Medical and sanitary report of the native army of Madras for the year
Year: 1877
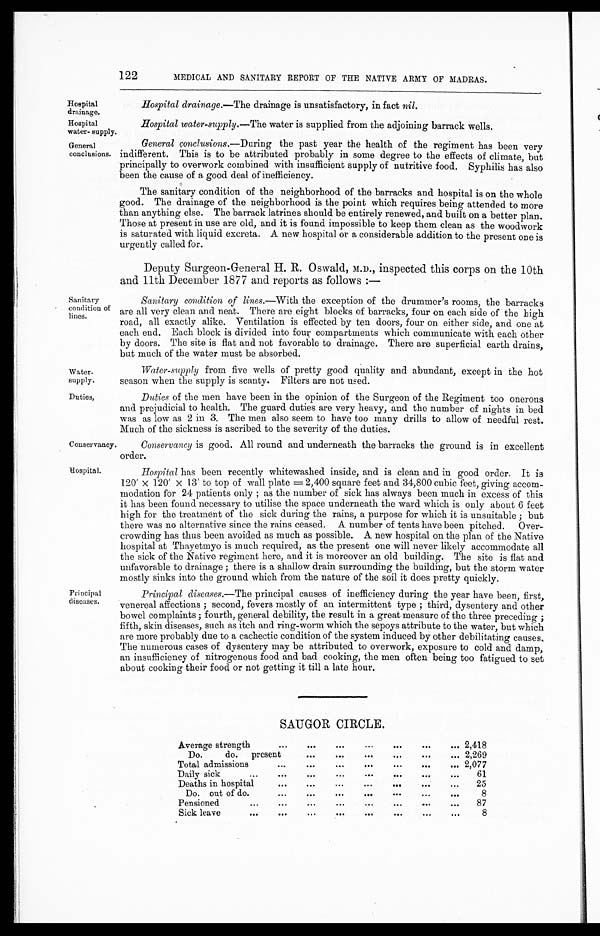
Hospital
drainage.
Hospital
water-supply.
Water
-supply.
Duties,
122
MEDICAL AND SANITARY REPORT OF THE NATIVE ARMY OF MADRAS.
Hospital drainage.—The drainage is unsatisfactory, in fact nil.
Hospital water-supply.—The water is supplied from the adjoining barrack wells.
General
conclusions.
Sanitary
condition of
lines.
General conclusions.—During the past year the health of the regiment has been very
indifferent. This is to be attributed probably in some degree to the effects of climate, but
principally to overwork combined with insufficient supply of nutritive food. Syphilis has also
been the cause of a good deal of inefficiency.
The sanitary condition of the neighborhood of the barracks and hospital is on the whole
good. The drainage of the neighborhood is the point which requires being attended to more
than anything else. The barrack latrines should be entirely renewed, and built on a better plan.
Those at present in use are old, and it is found impossible to keep them clean as the woodwork
is saturated with liquid excreta. A new hospital or a considerable addition to the present one is
urgently called for.
Deputy Surgeon-General H. R. Oswald, M.D., inspected this corps on the 10th
and 11th December 1877 and reports as follows :—
Sanitary condition of lines.—With the exception. of the drummer's rooms, the barracks
are all very clean and neat. There are eight blocks of barracks, four on each side of the high
road, all exactly alike. Ventilation is effected by ten doors, four on either side, and one at
each end. Each block is divided into four compartments which communicate with each other
by doors. The site is flat and not favorable to drainage. There are superficial earth drains,
but much of the water must be absorbed.
Water-supply from five wells of pretty good quality and abundant, except in the hot
season when the supply is scanty. Filters are not used.
Duties of the men have been in the opinion of the Surgeon of the Regiment too onerous
and prejudicial to health. The guard duties are very heavy, and the number of nights in bed
was as low as 2 in 3. The men also seem to have too many drills to allow of needful rest.
Much of the sickness is ascribed to the severity of the duties.
Conservancy.
Conservancy is good. All round and underneath the barracks the ground is in excellent
order.
Hospital.
Principal
diseases.
Hospital has been recently whitewashed inside, and is clean and in good order. It is
120' x 120' x 13' to top of wall plate = 2,400 square feet and 34,800 cubic feet, giving accom-
modation for 24 patients only ; as the number of sick has always been much in excess of this
it has been found necessary to utilise the space underneath the ward which is only about 6 feet
high for the treatment of the sick during the rains, a purpose for which it is unsuitable ; but
there was no alternative since the rains ceased. A number of tents have been pitched. Over-
crowding has thus been avoided as much as possible. A new hospital on the plan of the Native
hospital at Thayetmyo is much required, as the present one will never likely accommodate all
the sick of the Native regiment here, and it is moreover an old building. The site is flat and
unfavorable to drainage ; there is a shallow drain surrounding the building, but the storm water
mostly sinks into the ground which from the nature of the soil it does pretty quickly.
Principal diseases.— The principal causes of inefficiency during the year have been, first,
venereal affections ; second, fevers mostly of an intermittent type ; third, dysentery and other
bowel complaints ; fourth, general debility, the result in a great measure of the three preceding ;
fifth, skin diseases, such as itch and ring-worm which the sepoys attribute to the water, but which
are more probably due to a cachectic condition of the system induced by other debilitating causes.
The numerous cases of dysentery may be attributed to overwork, exposure to cold and damp,
an insufficiency of nitrogenous food and bad cooking, the men often being too fatigued to set
about cooking their food or not getting it till a late hour.
SAUGOR CIRCLE.
Average strength...
...
...
...
...
... 2,418
Do. do. present
...
...
...
...
... . . .
. . . 2,269
Total admissions
...
...
...
...
...
... 2,077
Daily sick
...
...
...
...
...
...
...
. . . 61
Deaths in hospital
...
...
...
...
. . .
. . .
. . . 25
Do. out of do.
...
...
...
...
...
...
. . . 8
. . . P e n s i o n e d
. . .
. . .
. . .
. . .
87
Sick leave
...
. . .
. . .
. . .
. . .
. . .
. . .
. . .
8